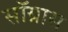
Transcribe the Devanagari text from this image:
सॉग्रास